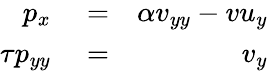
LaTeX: \begin{array}{rlr}{p_{x}}&{{}=}&{\alpha v_{yy}-vu_{y}}\\ {\tau p_{yy}}&{{}=}&{v_{y}}\end{array}